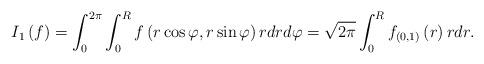
LaTeX: \begin{align*}I_{1}\left( f\right) =\int_{0}^{2\pi}\int_{0}^{R}f\left( r\cos\varphi,r\sin\varphi\right) rdrd\varphi=\sqrt{2\pi}\int_{0}^{R}f_{\left(0,1\right) }\left( r\right) rdr. \end{align*}